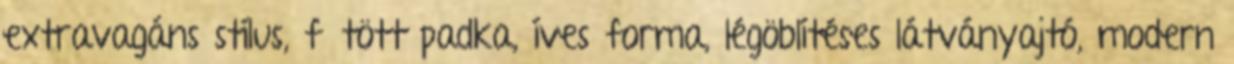
extravagáns stílus, fűtött padka, íves forma, légöblítéses látványajtó, modern